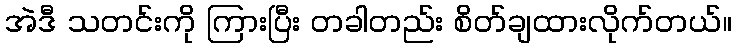
အဲဒီ သတင်းကို ကြားပြီး တခါတည်း စိတ်ချထားလိုက်တယ်။